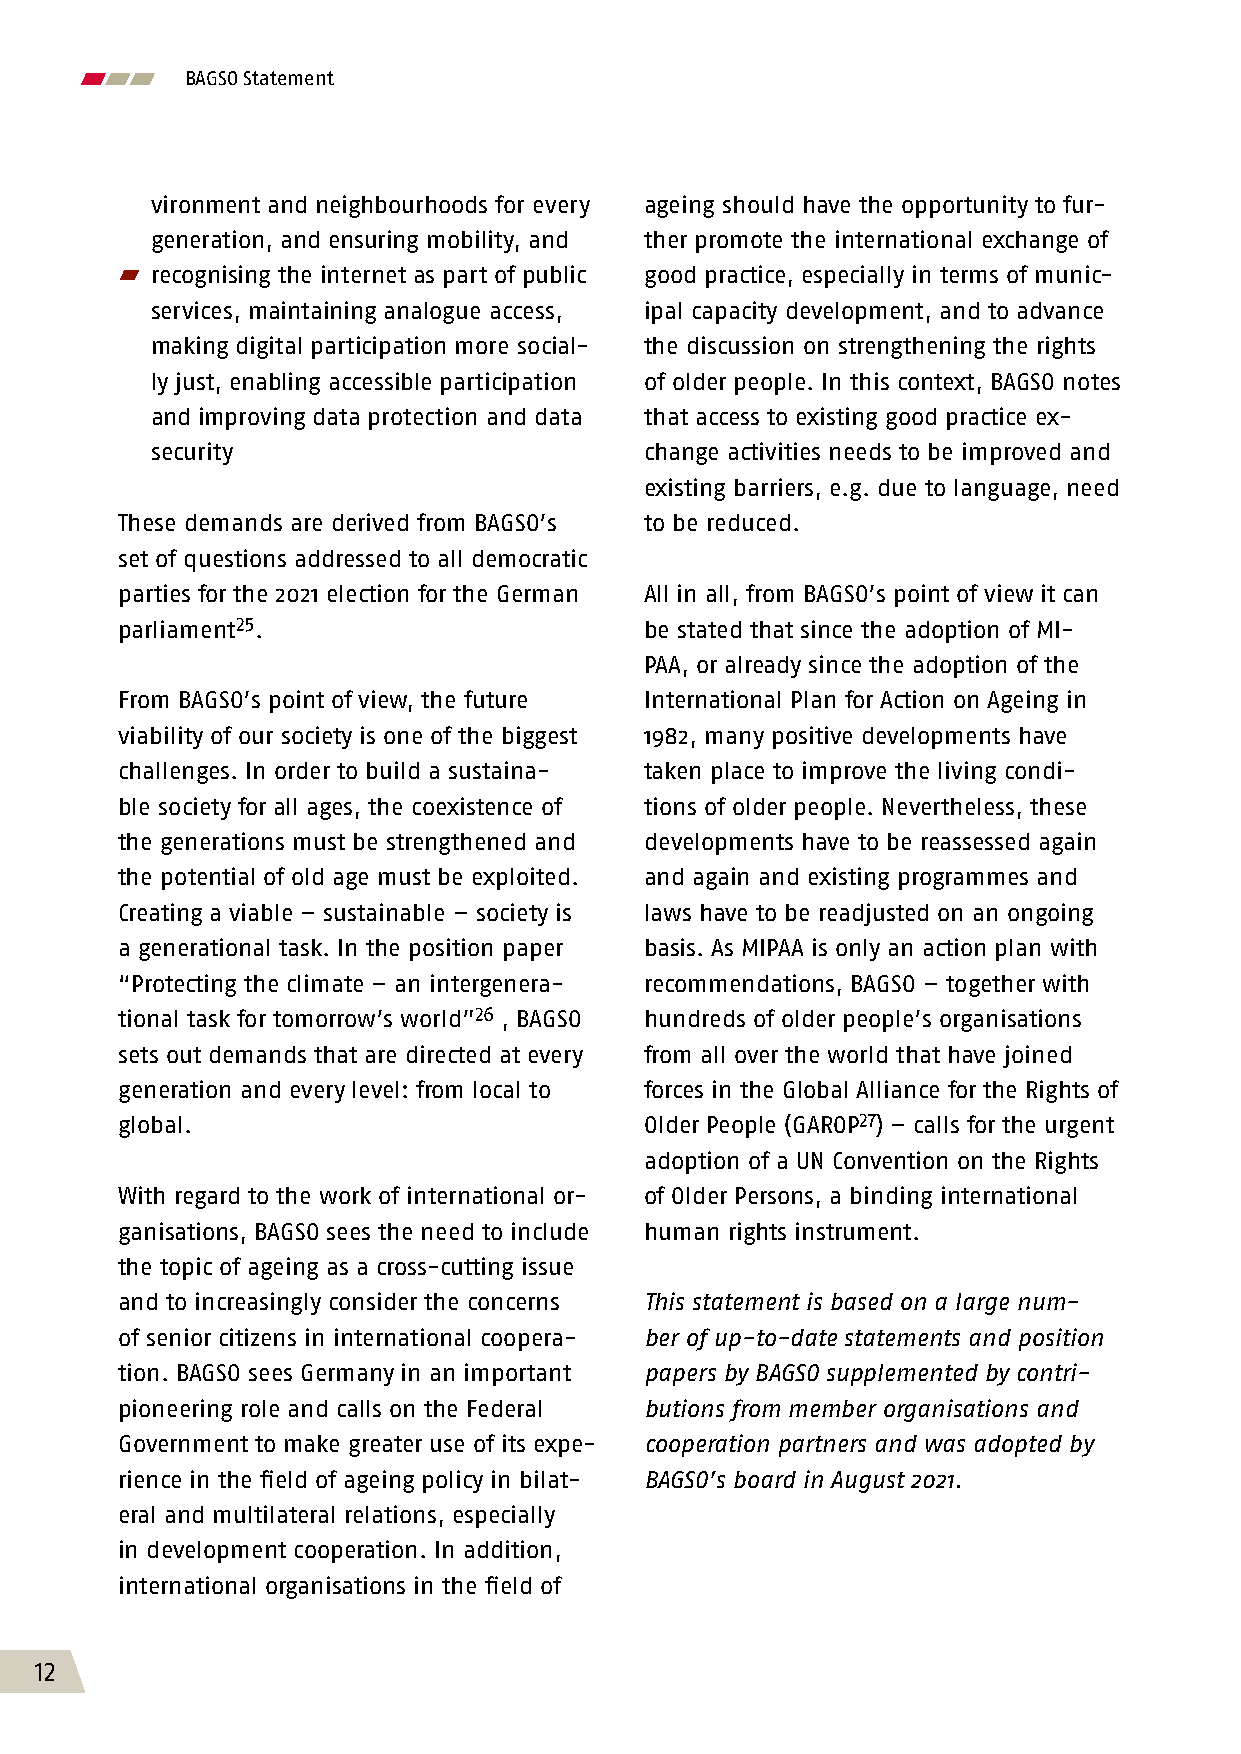
BAGSO Statement
 vironment and neighbourhoods for every ageing should have the opportunity to fur-
 generation, and ensuring mobility, and ther promote the international exchange of
  recognising the internet as part of public good practice, especially in terms of munic-
 services, maintaining analogue access, ipal capacity development, and to advance
 making digital participation more social- the discussion on strengthening the rights
 ly just, enabling accessible participation of older people. In this context, BAGSO notes
 and improving data protection and data that access to existing good practice ex-
 security                         change activities needs to be improved and
 existing barriers, e.g. due to language, need
 These demands are derived from BAGSO’s to be reduced.
 set of questions addressed to all democratic
 parties for the 2021 election for the German All in all, from BAGSO’s point of view it can
 parliament25.                      be stated that since the adoption of MI-
 PAA, or already since the adoption of the
 From BAGSO’s point of view, the future International Plan for Action on Ageing in
 viability of our society is one of the biggest 1982, many positive developments have
 challenges. In order to build a sustaina- taken place to improve the living condi-
 ble society for all ages, the coexistence of tions of older people. Nevertheless, these
 the generations must be strengthened and developments have to be reassessed again
 the potential of old age must be exploited. and again and existing programmes and
 Creating a viable – sustainable – society is laws have to be readjusted on an ongoing
 a generational task. In the position paper basis. As MIPAA is only an action plan with
 “Protecting the climate – an intergenera- recommendations, BAGSO – together with
 tional task for tomorrow’s world”26 , BAGSO hundreds of older people’s organisations
 sets out demands that are directed at every from all over the world that have joined
 generation and every level: from local to forces in the Global Alliance for the Rights of
 global.                            Older People (GAROP27) – calls for the urgent
 adoption of a UN Convention on the Rights
 With regard to the work of international or- of Older Persons, a binding international
 ganisations, BAGSO sees the need to include human rights instrument.
 the topic of ageing as a cross-cutting issue
 and to increasingly consider the concerns This statement is based on a large num-
 of senior citizens in international coopera- ber of up-to-date statements and position
 tion. BAGSO sees Germany in an important papers by BAGSO supplemented by contri-
 pioneering role and calls on the Federal butions from member organisations and
 Government to make greater use of its expe- cooperation partners and was adopted by
 rience in the field of ageing policy in bilat- BAGSO’s board in August 2021.
 eral and multilateral relations, especially
 in development cooperation. In addition,
 international organisations in the field of
 12